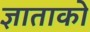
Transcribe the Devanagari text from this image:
ज्ञाताको